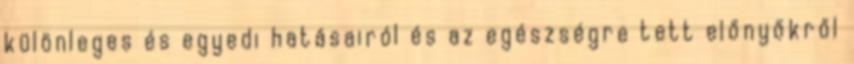
különleges és egyedi hatásairól és az egészségre tett előnyőkről